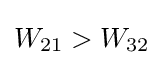
W_{21}>W_{32}